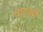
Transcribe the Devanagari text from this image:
वाहको